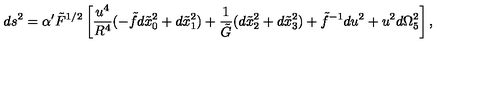
d s ^ { 2 } = \alpha ^ { \prime } \tilde { F } ^ { 1 / 2 } \left[ \frac { u ^ { 4 } } { R ^ { 4 } } ( - \tilde { f } d \tilde { x } _ { 0 } ^ { 2 } + d \tilde { x } _ { 1 } ^ { 2 } ) + \frac { 1 } { \tilde { G } } ( d \tilde { x } _ { 2 } ^ { 2 } + d \tilde { x } _ { 3 } ^ { 2 } ) + \tilde { f } ^ { - 1 } d u ^ { 2 } + u ^ { 2 } d \Omega _ { 5 } ^ { 2 } \right] ,